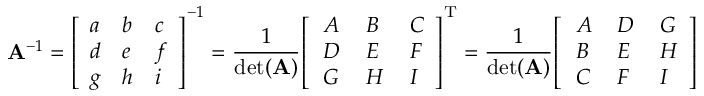
\mathbf { A } ^ { - 1 } = { \left[ \begin{array} { l l l } { a } & { b } & { c } \\ { d } & { e } & { f } \\ { g } & { h } & { i } \end{array} \right] } ^ { - 1 } = { \frac { 1 } { \operatorname* { d e t } ( \mathbf { A } ) } } { \left[ \begin{array} { l l l } { \, A } & { \, B } & { \, C } \\ { \, D } & { \, E } & { \, F } \\ { \, G } & { \, H } & { \, I } \end{array} \right] } ^ { \mathrm { T } } = { \frac { 1 } { \operatorname* { d e t } ( \mathbf { A } ) } } { \left[ \begin{array} { l l l } { \, A } & { \, D } & { \, G } \\ { \, B } & { \, E } & { \, H } \\ { \, C } & { \, F } & { \, I } \end{array} \right] }